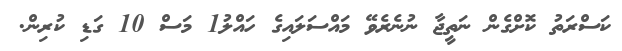
ކަސްރަތު ކޮށްގެން ނަތީޖާ ނުނެރެވޭ މައްސަލައިގެ ހައްލު1 މަސް 10 ގަޑި ކުރިން.